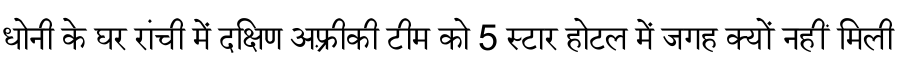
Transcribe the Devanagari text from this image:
धोनी के घर रांची में दक्षिण अफ़्रीकी टीम को 5 स्टार होटल में जगह क्यों नहीं मिली